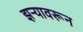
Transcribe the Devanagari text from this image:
झऱ्यावरून